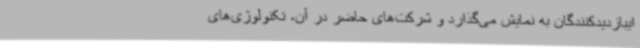
ایبازدیدکنندگان به نمایش می‌گذارد و شرکت‌های حاضر در آن، تکنولوژی‌های